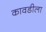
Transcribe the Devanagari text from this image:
कावडीला